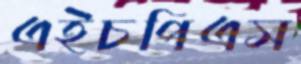
এইচপিএস